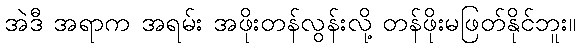
အဲဒီ အရာက အရမ်း အဖိုးတန်လွန်းလို့ တန်ဖိုးမဖြတ်နိုင်ဘူး။